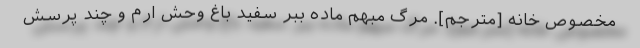
مخصوص خانه [مترجم]. مرگ مبهم ماده ببر سفید باغ وحش ارم و چند پرسش